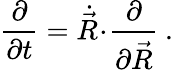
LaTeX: \frac{\partial}{\partial t}=\dot{\vec{R}}\! \cdot\! \frac{\partial}{\partial\vec{R}}\: .